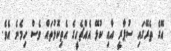
އޭގެ ތެރޭގައި ސުޕާރީ އާއި ކުޅޭ އެއްޗެހީގެ އެތިކޮޅުތައް ވެސް ހިމެނެ އެވެ.